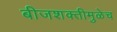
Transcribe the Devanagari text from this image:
बीजशक्तीमुळेच